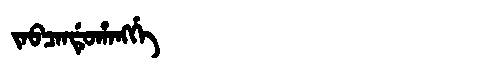
Manchu: ᠵᠠᠪᠴᠠᠨᡩᡠᡥᠠᠩᡤᡝ
Romanization: JABCANDUHANGGE